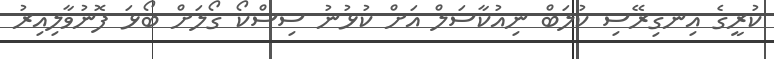
ކުރީގެ އިނގިރޭސި ކުލަބް ނިއުކާސަލް އަށް ކުޅުނު ސިސްކޯ ގޯލަށް ބޯޅަ ފޮނުވާލިއިރު